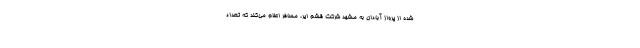
شده از پرواز آبادان به مشهد شرکت قشم ایر، مسافر اعلام می‌کند که تعداد